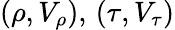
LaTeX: (\rho,V_{\rho}),\, (\tau,V_{\tau})